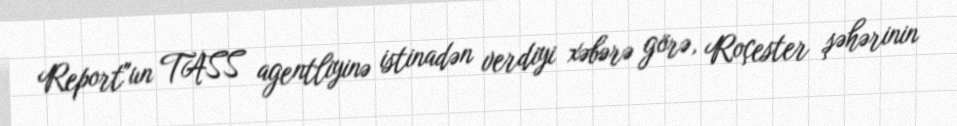
Report"un TASS agentliyinə istinadən verdiyi xəbərə görə, Roçester şəhərinin